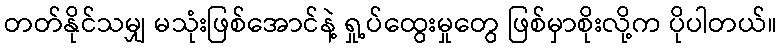
တတ်နိုင်သမျှ မသုံးဖြစ်အောင်နဲ့ ရှု့ပ်ထွေးမှုတွေ ဖြစ်မှာစိုးလို့က ပိုပါတယ်။